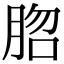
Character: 脗